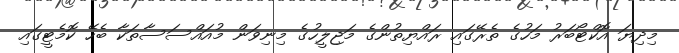
މިދިޔަ އޮކްޓޯބަރު މަހުގެ ތެރޭގައި ރައްޔިތުންގެ މަޖިލީހުގެ މިނިވަން މުއައްސަސާތަކާ ބެހޭ ކޮމެޓީގައި